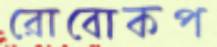
রোবোকপ